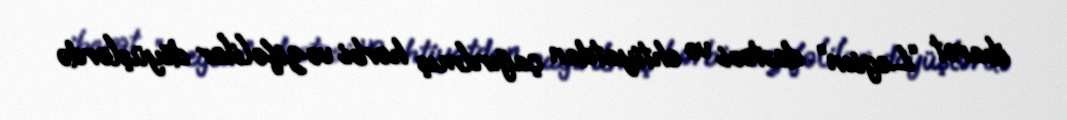
ibarət “Legion” dəstəsi və ehtiyatdan çağırılmış hərbi vəzifəlilər döyüşlərdə